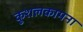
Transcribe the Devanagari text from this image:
कुशलकामना